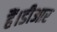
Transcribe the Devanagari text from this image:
हैं।डीआर